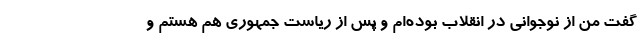
گفت من از نوجوانی در انقلاب بوده‌ام و پس از ریاست جمهوری هم هستم و